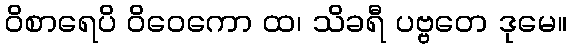
ဝိစာရေပိ ဝိဝေကော ထ၊ သိခရီ ပဗ္ဗတေ ဒုမေ။